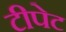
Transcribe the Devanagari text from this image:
टीपेट